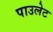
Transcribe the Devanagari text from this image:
पाउलेट